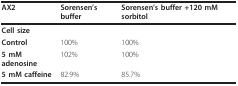
<table><thead><tr><td><b>AX2</b></td><td><b>Sorensen&#x27;s buffer</b></td><td><b>Sorensen&#x27;s buffer +120 mM sorbitol</b></td></tr></thead><tbody><tr><td><b>Cell size</b></td><td></td><td></td></tr><tr><td><b>Control</b></td><td>100%</td><td>100%</td></tr><tr><td><b>5 mM adenosine</b></td><td>102%</td><td>100%</td></tr><tr><td><b>5 mM caffeine</b></td><td>82.9%</td><td>85.7%</td></tr></tbody></table>